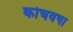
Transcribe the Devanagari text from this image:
कोचवषा